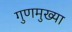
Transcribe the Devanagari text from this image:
गुणमुख्या